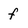
Character: f